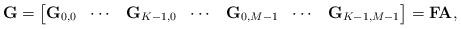
LaTeX: \begin{align*}\mathbf{G}= \begin{bmatrix}\mathbf{G}_{0,0} & \cdots & \mathbf{G}_{K-1,0} & \cdots & \mathbf{G}_{0,M-1} & \cdots & \mathbf{G}_{K-1,M-1}\end{bmatrix}=\mathbf{F}\mathbf{A},\end{align*}